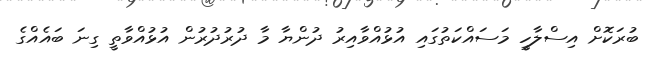
ބުރަކޮށް އިސްލާހީ މަސައްކަތުގައި އުޅުއްވާއިރު ދުންޔާ މާ ދުރުދުރުން އުޅުއްވާތީ ގިނަ ބައެއްގެ